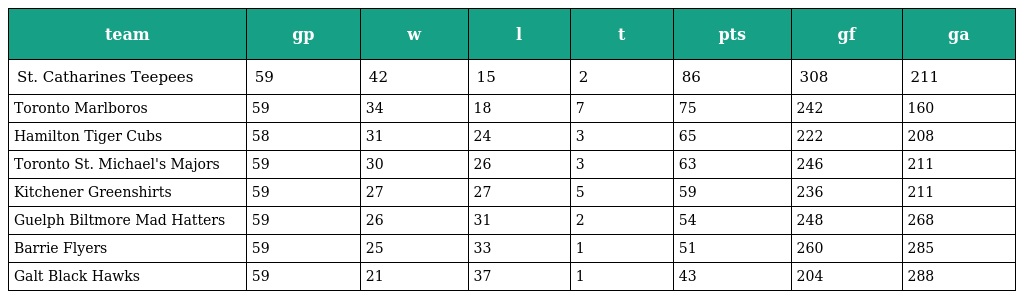
| team | gp | w | l | t | pts | gf | ga |
 | --- | --- | --- | --- | --- | --- | --- | --- |
 | St. Catharines Teepees | 59 | 42 | 15 | 2 | 86 | 308 | 211 |
 | Toronto Marlboros | 59 | 34 | 18 | 7 | 75 | 242 | 160 |
 | Hamilton Tiger Cubs | 58 | 31 | 24 | 3 | 65 | 222 | 208 |
 | Toronto St. Michael's Majors | 59 | 30 | 26 | 3 | 63 | 246 | 211 |
 | Kitchener Greenshirts | 59 | 27 | 27 | 5 | 59 | 236 | 211 |
 | Guelph Biltmore Mad Hatters | 59 | 26 | 31 | 2 | 54 | 248 | 268 |
 | Barrie Flyers | 59 | 25 | 33 | 1 | 51 | 260 | 285 |
 | Galt Black Hawks | 59 | 21 | 37 | 1 | 43 | 204 | 288 |